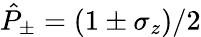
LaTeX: \hat{P}_{\pm}=(1\pm\sigma_{z})/2